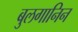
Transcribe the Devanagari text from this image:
बुलगानिन